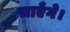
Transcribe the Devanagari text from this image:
खाएँगे।